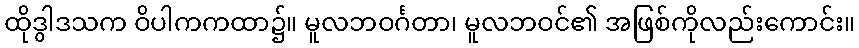
ထိုဒွါဒသက ဝိပါကကထာ၌။ မူလဘဝင်္ဂတာ၊ မူလဘဝင်၏ အဖြစ်ကိုလည်းကောင်း။